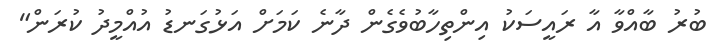
ބުރު ބާއްވާ އާ ރައީސަކު އިންތިހާބުވެގެން ދާނެ ކަމަށް އަޅުގަނޑު އުއްމީދު ކުރަން"